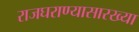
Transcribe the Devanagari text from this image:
राजघराण्यासारख्या